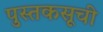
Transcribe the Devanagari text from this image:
पुस्तकसूची